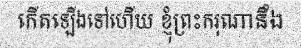
កើតឡើងទៅហើយ ខ្ញុំព្រះករុណានឹង